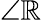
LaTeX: \angle\mathbb{R}